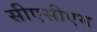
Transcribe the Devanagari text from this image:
सीएसीएम